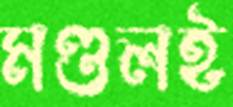
মণ্ডলই